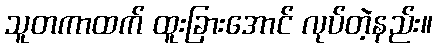
သူတကာထက် ထူးခြားအောင် လုပ်တဲ့နည်း။